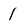
Character: 1